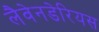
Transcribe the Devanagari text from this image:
लैवेनडेरियस